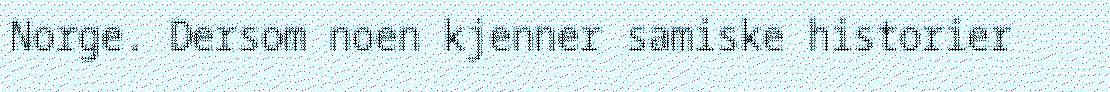
Norge. Dersom noen kjenner samiske historier